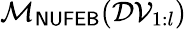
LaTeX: \mathcal{M}_{\sf NUFEB}(\mathcal{DV}_{1:l})